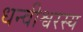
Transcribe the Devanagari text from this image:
धन्वीश्वरस्य